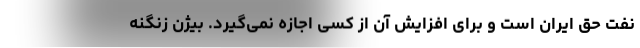
نفت حق ایران است و برای افزایش آن از کسی اجازه نمی‌گیرد. بیژن زنگنه